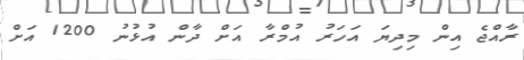
ރާއްޖެ އިން މިދިޔަ އަހަރު އުމްރާ އަށް ދާން އުޅުނު 1200 އަށް